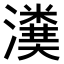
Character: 𤀬